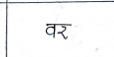
मजकूर: वर